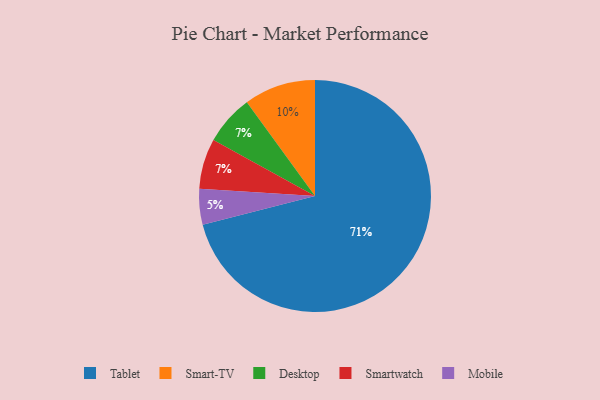
{"axis": {"x": "Category", "y": "Percentage"}, "legend": ["Desktop", "Mobile", "Smart-TV", "Smartwatch", "Tablet"], "data": [{"x": "Smart-TV", "y": 10, "type": "Smart-TV"}, {"x": "Desktop", "y": 7, "type": "Desktop"}, {"x": "Smartwatch", "y": 7, "type": "Smartwatch"}, {"x": "Tablet", "y": 71, "type": "Tablet"}, {"x": "Mobile", "y": 5, "type": "Mobile"}]}